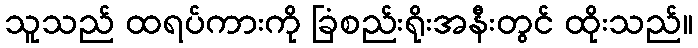
သူသည် ထရပ်ကားကို ခြံစည်းရိုးအနီးတွင် ထိုးသည်။